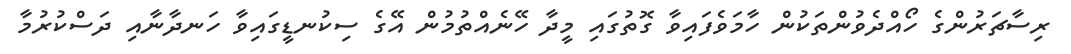
ރިސާޗަރުންގެ ހޯއްދެވުންތަކުން ހާމަވެފައިވާ ގޮތުގައި މީދާ ހޭނެއްތުމުން އޭގެ ސިކުނޑީގައިވާ ހަނދާނާއި ދަސްކުރުމާ